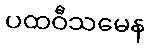
ပထဝီသမေန